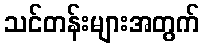
သင်တန်းများအတွက်